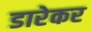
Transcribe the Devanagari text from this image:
डारेकर